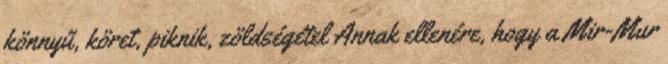
könnyű, köret, piknik, zöldségétel Annak ellenére, hogy a Mir-Mur